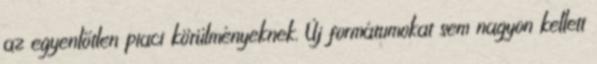
az egyenlőtlen piaci körülményeknek. Új formátumokat sem nagyon kellett